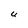
Character: U